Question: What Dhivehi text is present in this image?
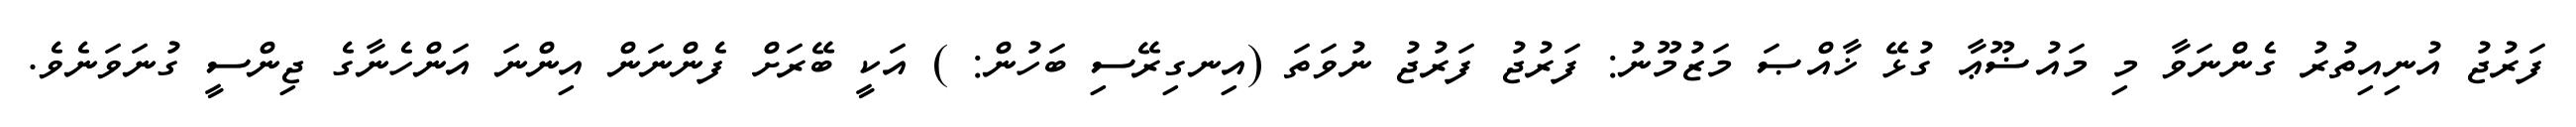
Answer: ފަރުޖު އުނިއިތުރު ގެންނަވާ މި މައުޟޫޢާ ގުޅޭ ޚާއްޞަ މަޒުމޫނު: ފަރުޖު ފަރުޖު ނުވަތަ (އިނގިރޭސި ބަހުން: ) އަކީ ބޭރަށް ފެންނަން އިންނަ އަންހެނާގެ ޖިންސީ ގުނަވަނެވެ.